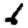
Digit: 6